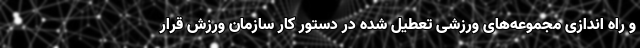
و راه اندازی مجموعه‌های ورزشی تعطیل شده در دستور کار سازمان ورزش قرار